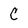
Character: C